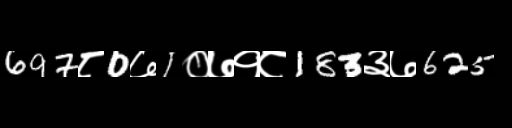
Text: 697८0७1०७१८183३७625